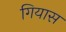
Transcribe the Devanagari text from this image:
गियास